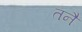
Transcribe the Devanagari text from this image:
तनै